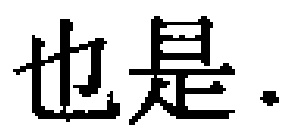
也是.